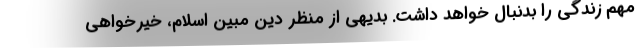
مهم زندگی را بدنبال خواهد داشت. بدیهی از منظر دین مبین اسلام، خیرخواهی